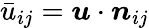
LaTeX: \bar{u}_{ij}=\boldsymbol{u}\cdot\boldsymbol{n}_{ij}